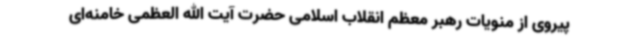
پیروی از منویات رهبر معظم انقلاب اسلامی حضرت آیت الله العظمی خامنه‌ای